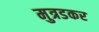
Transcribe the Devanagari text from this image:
मुत्रडकर